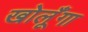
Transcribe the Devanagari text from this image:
खोलूँगा